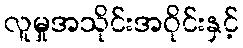
လူမှုအသိုင်းအဝိုင်းနှင့်